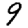
Digit: 9